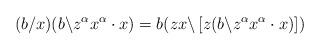
LaTeX: \begin{align*}(b/x)(b\backslash z^{\alpha}x^{\alpha}\cdot x)=b(zx\backslash \left[z(b\backslash z^{\alpha}x^{\alpha}\cdot x)\right])\end{align*}